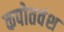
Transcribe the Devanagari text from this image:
कपोतवंश